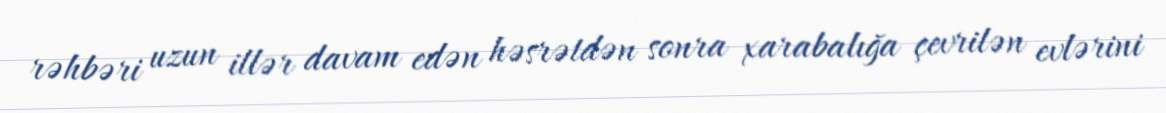
rəhbəri uzun illər davam edən həsrətdən sonra xarabalığa çevrilən evlərini